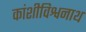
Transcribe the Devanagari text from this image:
कांशीविश्वनाथ